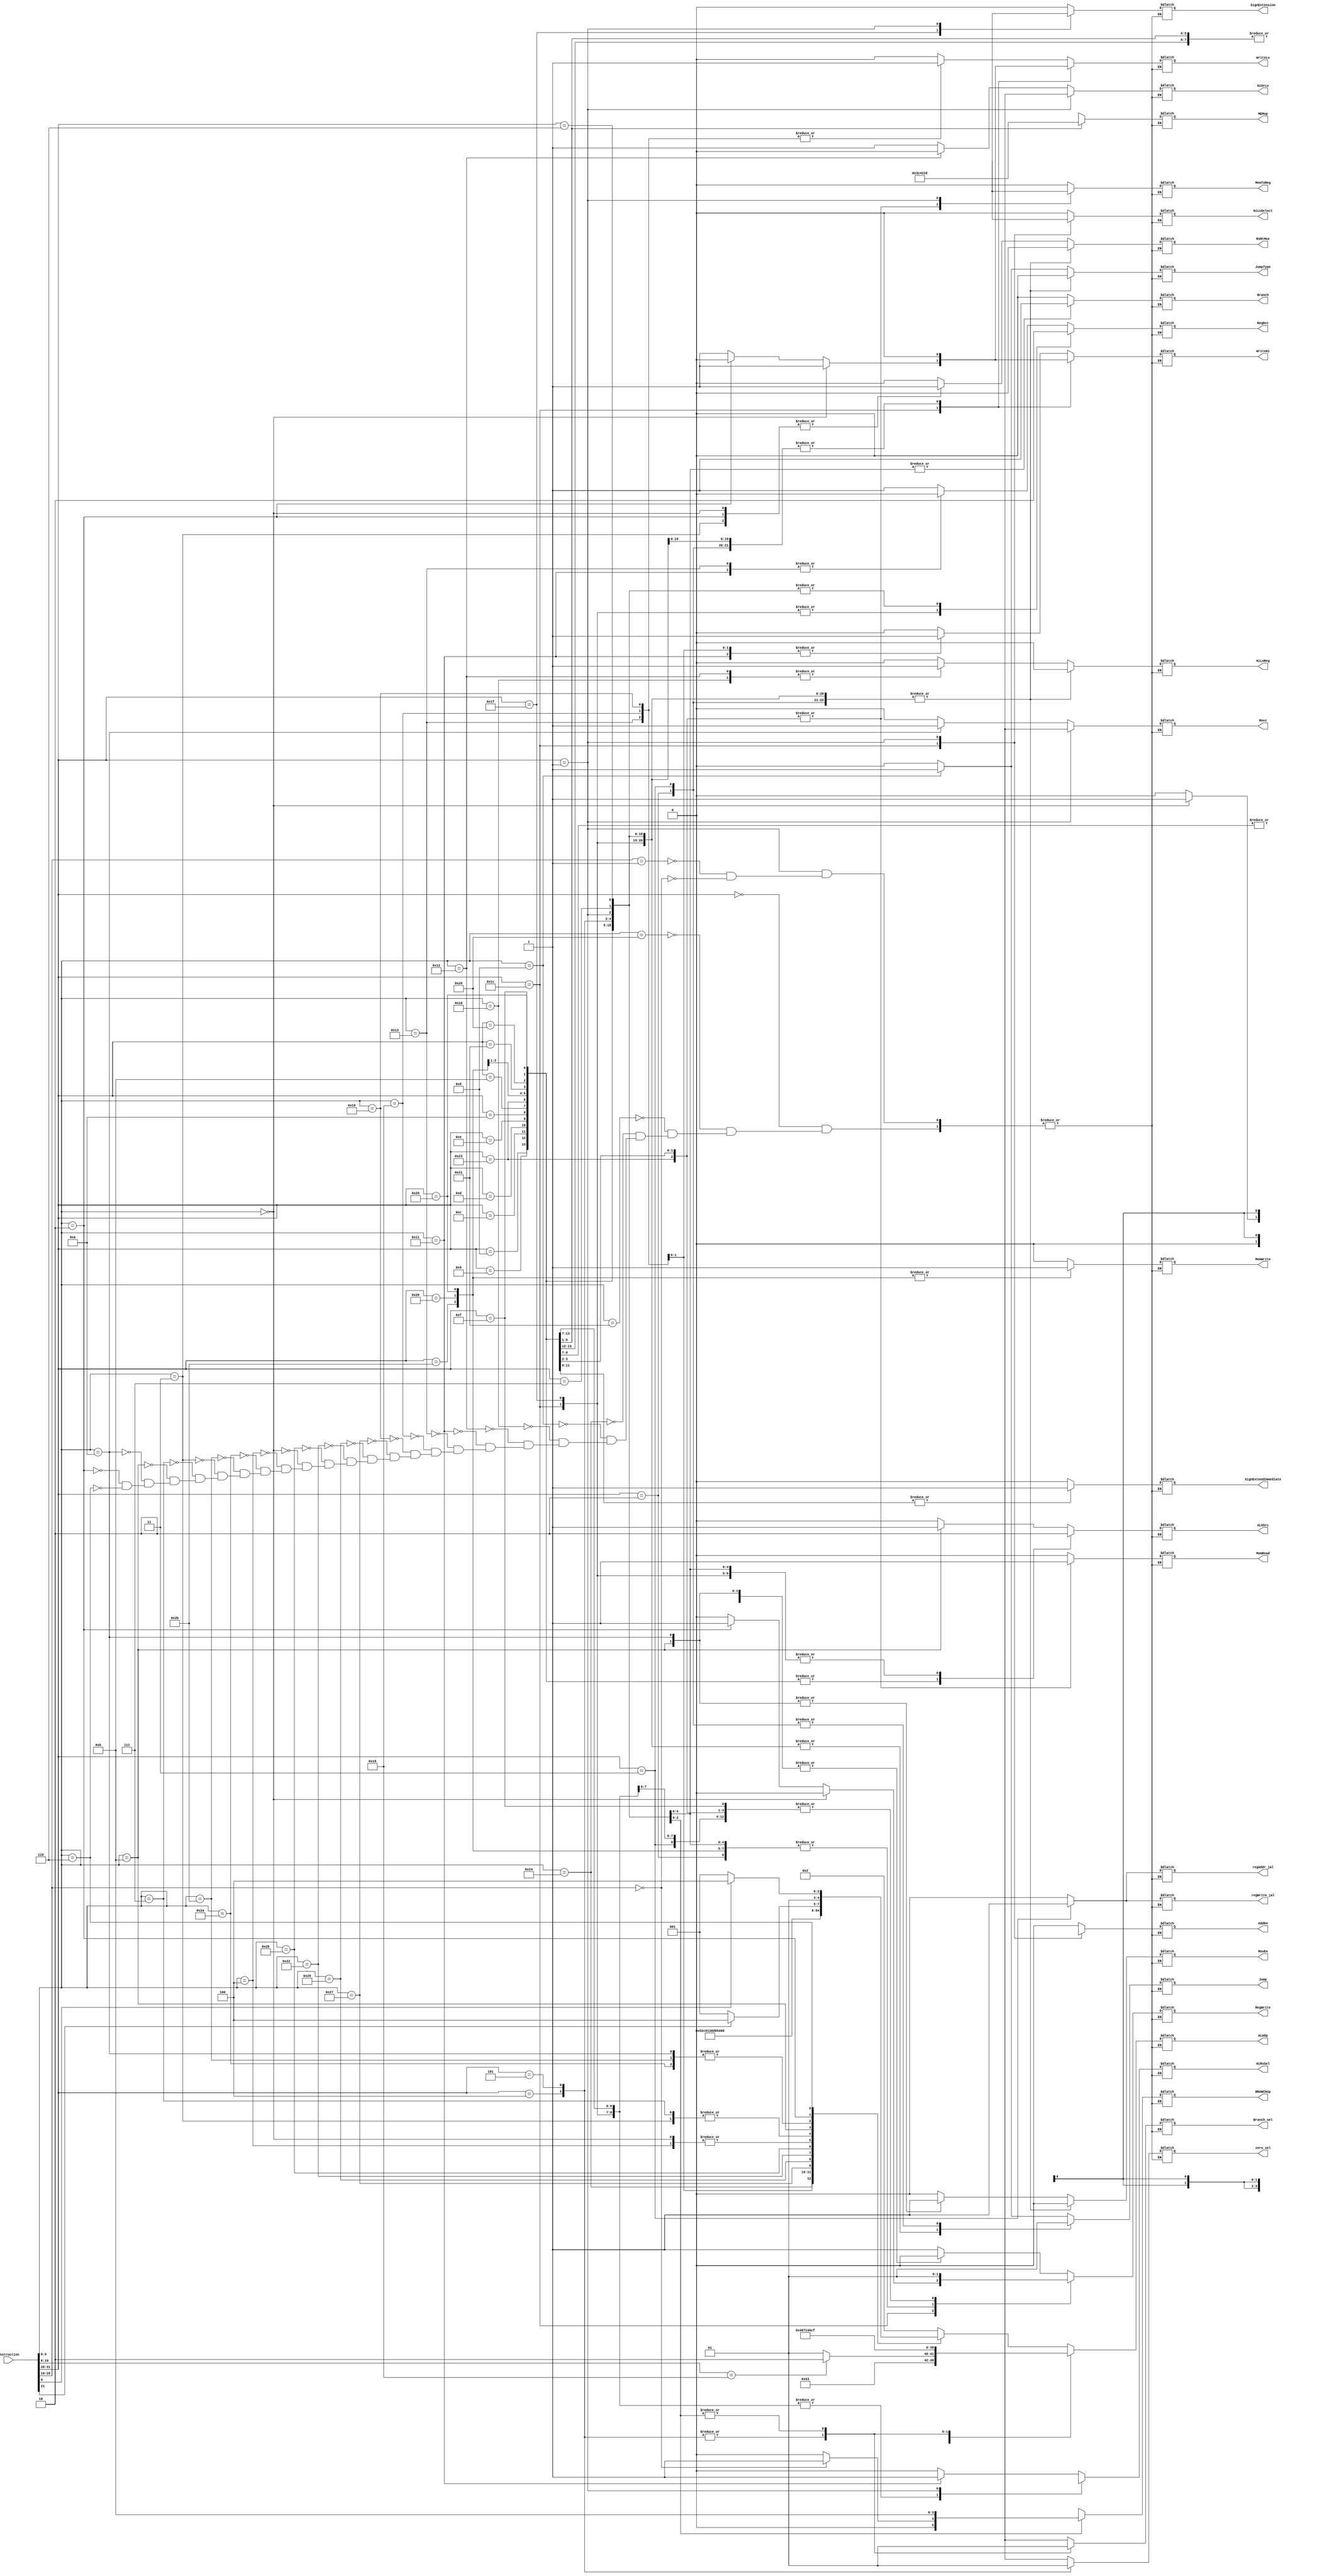
`timescale 1ns / 1ps
//////////////////////////////////////////////////////////////////////////////////
// Company: 
// Engineer: 
// 
// Design Name: 
// Module Name: Controller
// Project Name: 
// Target Devices: 
// Tool Versions: 
// Description: 
// 
// Dependencies: 
// 
// Revision:
// Revision 0.01 - File Created
// Additional Comments:
// 
//////////////////////////////////////////////////////////////////////////////////


module Controller(Instruction, ALUOp, ALUSrc, RegDst, Jump, Branch, MemRead, MemWrite, MemToReg, RegWrite, WriteHi, WriteLo, HiOrLo, HiLoReg, MovEn, Movz, SignExtension, Add64, HiLoSelect, RsRtMux, HiRsSel, SignExtendImmediate, MEMop, BRANCHop, regAddr_jal, regWrite_jal, JumpType, Branch_sel, zero_sel);
    input [31:0] Instruction;
    output reg [4:0] ALUOp;
    output reg [3:0] MEMop;
    output reg [1:0] BRANCHop;
    output reg ALUSrc, RegDst, Jump, Branch, MemRead, MemWrite, MemToReg, RegWrite, WriteHi, WriteLo, HiOrLo, HiLoReg, MovEn, Movz, SignExtension, Add64, HiLoSelect, RsRtMux, HiRsSel, SignExtendImmediate, regAddr_jal, regWrite_jal, JumpType, Branch_sel, zero_sel;
    
    initial begin
        ALUOp <= 4'b0000;
        ALUSrc <= 0; RegDst <= 0; Jump <= 0; Branch <= 0; MemRead <= 0; MemWrite <= 0; 
        MemToReg <= 0; RegWrite <= 0; WriteHi <= 0; WriteLo <= 0; HiOrLo <= 0; HiLoReg <= 0; SignExtendImmediate <= 0;
        MovEn <= 0; Movz <= 0; SignExtension <= 0; Add64 <= 0; HiLoSelect <= 0; RsRtMux <= 0; HiRsSel <= 0; zero_sel <= 0;
    end
    
    always@(Instruction) begin
        case(Instruction[31:26])    
            6'b000000: begin    //R-Type
			    case(Instruction[5:0])
					6'b100000: begin //add
						ALUOp <= 5'b00010;
						ALUSrc <= 0; RegDst <= 1; Jump <= 0; Branch <= 0; MemRead <= 0; MemWrite <= 0; MemToReg <= 0; RegWrite <= 1; RsRtMux <= 0; SignExtendImmediate <= 0;
						WriteHi <= 0; WriteLo <= 0; HiOrLo <= 1'bx; HiLoReg <= 0; MovEn <= 0; Movz <= 1'bx; SignExtension <= 0; Add64 <= 0; HiLoSelect <= 1'bx;  HiRsSel <= 0;
						MEMop <= 4'bxxxx;  BRANCHop <= 2'bxx; regAddr_jal <= 1'b0; regWrite_jal <= 1'b0; JumpType <= 1'b0; Branch_sel <= 1'bx; zero_sel <= 1'bx;
					end
					6'b100001: begin //addu 
						ALUOp <= 5'b00010;
						ALUSrc <= 0; RegDst <= 1; Jump <= 0; Branch <= 0; MemRead <= 0; MemWrite <= 0; MemToReg <= 0; RegWrite <= 1; RsRtMux <= 0; SignExtendImmediate <= 0;
					    WriteHi <= 0; WriteLo <= 0; HiOrLo <= 1'bx; HiLoReg <= 0; MovEn <= 0; Movz <= 1'bx; SignExtension <= 0; Add64 <= 0; HiLoSelect <= 1'bx; HiRsSel <= 0;
					    MEMop <= 4'bxxxx;  BRANCHop <= 2'bxx; regAddr_jal <= 1'b0; regWrite_jal <= 1'b0; JumpType <= 1'b0; Branch_sel <= 1'bx; zero_sel <= 1'bx;
					end
					6'b100100: begin //and
                        ALUOp <= 5'b00000;
                        ALUSrc <= 0; RegDst <= 1; Jump <= 0; Branch <= 0; MemRead <= 0; MemWrite <= 0; MemToReg <= 0; RegWrite <= 1;  RsRtMux <= 0; SignExtendImmediate <= 0;
                        WriteHi <= 0; WriteLo <= 0; HiOrLo <= 1'bx; HiLoReg <= 0; MovEn <= 0; Movz <= 1'bx; SignExtension <= 0; Add64 <= 0; HiLoSelect <= 1'bx;  HiRsSel <= 0;
                        MEMop <= 4'bxxxx;  BRANCHop <= 2'bxx; regAddr_jal <= 1'b0; regWrite_jal <= 1'b0; JumpType <= 1'b0; Branch_sel <= 1'bx; zero_sel <= 1'bx;
                    end
					6'b001000: begin //jr  //TODO
                        ALUOp <= 5'bxxxxx;
                        ALUSrc <= 1'bx; RegDst <= 1'bx; Jump <= 1; Branch <= 0; MemRead <= 0; MemWrite <= 0; MemToReg <= 0; RegWrite <= 0;  RsRtMux <= 0; SignExtendImmediate <= 0;
                        WriteHi <= 0; WriteLo <= 0; HiOrLo <= 1'bx; HiLoReg <= 0; MovEn <= 0; Movz <= 1'bx; SignExtension <= 0; Add64 <= 0; HiLoSelect <= 1'bx; HiRsSel <= 0;
                        MEMop <= 4'bxxxx;  BRANCHop <= 2'bxx; regAddr_jal <= 1'b0; regWrite_jal <= 1'b0; JumpType <= 1'b1; Branch_sel <= 1'bx; zero_sel <= 1'bx;
                    end
					6'b010000: begin //mfhi
                        ALUOp <= 5'bxxxxx;
                        ALUSrc <= 1'bx; RegDst <= 1; Jump <= 0; Branch <= 0; MemRead <= 0; MemWrite <= 0; MemToReg <= 1'bx; RegWrite <= 1;  RsRtMux <= 0; SignExtendImmediate <= 0;
                        WriteHi <= 0; WriteLo <= 0; HiOrLo <= 1; HiLoReg <= 1; MovEn <= 0; Movz <= 1'bx; SignExtension <= 0; Add64 <= 0; HiLoSelect <= 1'bx; HiRsSel <= 0;
                        MEMop <= 4'bxxxx;  BRANCHop <= 2'bxx; regAddr_jal <= 1'b0; regWrite_jal <= 1'b0; JumpType <= 1'b0; Branch_sel <= 1'bx; zero_sel <= 1'bx;
                    end
					6'b010010: begin //mflo
                        ALUOp <= 5'bxxxxx;
                        ALUSrc <= 1'bx; RegDst <= 1; Jump <= 0; Branch <= 0; MemRead <= 0; MemWrite <= 0; MemToReg <= 1'bx; RegWrite <= 1; RsRtMux <= 0;SignExtendImmediate <= 0;
                        WriteHi <= 0; WriteLo <= 0; HiOrLo <= 0; HiLoReg <= 1; MovEn <= 0; Movz <= 1'bx; SignExtension <= 0; Add64 <= 0; HiLoSelect <= 1'bx; HiRsSel <= 0;
                        MEMop <= 4'bxxxx;  BRANCHop <= 2'bxx; regAddr_jal <= 1'b0; regWrite_jal <= 1'b0; JumpType <= 1'b0; Branch_sel <= 1'bx; zero_sel <= 1'bx;
                    end
					6'b010001: begin //mthi
                        ALUOp <= 5'b00010;
                        ALUSrc <= 0; RegDst <= 0; Jump <= 0; Branch <= 0; MemRead <= 0; MemWrite <= 0; MemToReg <= 0; RegWrite <= 0;  RsRtMux <= 0;SignExtendImmediate <= 0;
                        WriteHi <= 1; WriteLo <= 0; HiOrLo <= 1'bx; HiLoReg <= 0; MovEn <= 0; Movz <= 1'bx; SignExtension <= 0; Add64 <= 0; HiLoSelect <= 0; HiRsSel <= 1;
                        MEMop <= 4'bxxxx;  BRANCHop <= 2'bxx; regAddr_jal <= 1'b0; regWrite_jal <= 1'b0; JumpType <= 1'b0; Branch_sel <= 1'bx; zero_sel <= 1'bx;
                    end
                    6'b010011: begin //mtlo
                        ALUOp <= 5'b00010;
                        ALUSrc <= 0; RegDst <= 0; Jump <= 0; Branch <= 0; MemRead <= 0; MemWrite <= 0; MemToReg <= 0; RegWrite <= 0;  RsRtMux <= 0;SignExtendImmediate <= 0;
                        WriteHi <= 0; WriteLo <= 1; HiOrLo <= 1'bx; HiLoReg <= 0; MovEn <= 0; Movz <= 1'bx; SignExtension <= 0; Add64 <= 0; HiLoSelect <= 0;  HiRsSel <= 0;
                        MEMop <= 4'bxxxx;  BRANCHop <= 2'bxx; regAddr_jal <= 1'b0; regWrite_jal <= 1'b0; JumpType <= 1'b0; Branch_sel <= 1'bx; zero_sel <= 1'bx;
                    end
					6'b011000: begin //mult
                        ALUOp <= 5'b01010;    //CHANGED A LOT IN HERE
                        ALUSrc <= 0; RegDst <= 1; Jump <= 0; Branch <= 0; MemRead <= 0; MemWrite <= 0; MemToReg <= 0; RegWrite <= 0;  RsRtMux <= 0;SignExtendImmediate <= 0;
                        WriteHi <= 1; WriteLo <= 1; HiOrLo <= 1'bx; HiLoReg <= 0; MovEn <= 0; Movz <= 1'bx; SignExtension <= 0; Add64 <= 0; HiLoSelect <= 1'b0;    HiRsSel <= 0;// set HiLoSelect from x to 0, writeHi WriteLo
                        MEMop <= 4'bxxxx;  BRANCHop <= 2'bxx; regAddr_jal <= 1'b0; regWrite_jal <= 1'b0; JumpType <= 1'b0; Branch_sel <= 1'bx; zero_sel <= 1'bx;
                    end
                    6'b011001: begin //multu
                        ALUOp <= 5'b01011;
                        ALUSrc <= 0; RegDst <= 1; Jump <= 0; Branch <= 0; MemRead <= 0; MemWrite <= 0; MemToReg <= 0; RegWrite <= 0;  RsRtMux <= 0;SignExtendImmediate <= 0;
                        WriteHi <= 1; WriteLo <= 1; HiOrLo <= 1'bx; HiLoReg <= 0; MovEn <= 0; Movz <= 1'bx; SignExtension <= 0; Add64 <= 0; HiLoSelect <= 1'b0; HiRsSel <= 0;
                        MEMop <= 4'bxxxx;  BRANCHop <= 2'bxx; regAddr_jal <= 1'b0; regWrite_jal <= 1'b0; JumpType <= 1'b0; Branch_sel <= 1'bx; zero_sel <= 1'bx;
                    end
					6'b100111: begin //nor
                        ALUOp <= 5'b00100;
                        ALUSrc <= 0; RegDst <= 1; Jump <= 0; Branch <= 0; MemRead <= 0; MemWrite <= 0; MemToReg <= 0; RegWrite <= 1;  RsRtMux <= 0;SignExtendImmediate <= 0;
                        WriteHi <= 0; WriteLo <= 0; HiOrLo <= 1'bx; HiLoReg <= 0; MovEn <= 0; Movz <= 1'bx; SignExtension <= 0; Add64 <= 0; HiLoSelect <= 1'bx; HiRsSel <= 0;
                        MEMop <= 4'bxxxx;  BRANCHop <= 2'bxx; regAddr_jal <= 1'b0; regWrite_jal <= 1'b0; JumpType <= 1'b0; Branch_sel <= 1'bx; zero_sel <= 1'bx;
                    end
                    6'b100101: begin //or
                        ALUOp <= 5'b00001;
                        ALUSrc <= 0; RegDst <= 1; Jump <= 0; Branch <= 0; MemRead <= 0; MemWrite <= 0; MemToReg <= 0; RegWrite <= 1;  RsRtMux <= 0;SignExtendImmediate <= 0;
                        WriteHi <= 0; WriteLo <= 0; HiOrLo <= 1'bx; HiLoReg <= 0; MovEn <= 0; Movz <= 1'bx; SignExtension <= 0; Add64 <= 0; HiLoSelect <= 1'bx; HiRsSel <= 0;
                        MEMop <= 4'bxxxx;  BRANCHop <= 2'bxx; regAddr_jal <= 1'b0; regWrite_jal <= 1'b0; JumpType <= 1'b0; Branch_sel <= 1'bx; zero_sel <= 1'bx;
                    end
                    
					6'b100010: begin //sub
						ALUOp <= 5'b00110;
						ALUSrc <= 0; RegDst <= 1; Jump <= 0; Branch <= 0; MemRead <= 0; MemWrite <= 0; MemToReg <= 0; RegWrite <= 1;  RsRtMux <= 0;SignExtendImmediate <= 0;
					    WriteHi <= 0; WriteLo <= 0; HiOrLo <= 1'bx; HiLoReg <= 0; MovEn <= 0; Movz <= 1'bx; SignExtension <= 0; Add64 <= 0; HiLoSelect <= 1'bx; HiRsSel <= 0;
					    MEMop <= 4'bxxxx;  BRANCHop <= 2'bxx; regAddr_jal <= 1'b0; regWrite_jal <= 1'b0; JumpType <= 1'b0; Branch_sel <= 1'bx; zero_sel <= 1'bx;
					end
					6'b100110: begin //xor
						ALUOp <= 5'b00011;
						ALUSrc <= 0; RegDst <= 1; Jump <= 0; Branch <= 0; MemRead <= 0; MemWrite <= 0; MemToReg <= 0; RegWrite <= 1;  RsRtMux <= 0;SignExtendImmediate <= 0;
					    WriteHi <= 0; WriteLo <= 0; HiOrLo <= 1'bx; HiLoReg <= 0; MovEn <= 0; Movz <= 1'bx; SignExtension <= 0; Add64 <= 0; HiLoSelect <= 1'bx; HiRsSel <= 0;
					    MEMop <= 4'bxxxx;  BRANCHop <= 2'bxx; regAddr_jal <= 1'b0; regWrite_jal <= 1'b0; JumpType <= 1'b0; Branch_sel <= 1'bx; zero_sel <= 1'bx;
					end                
					6'b000000: begin //sll FIX
						ALUOp <= 5'b01000;
						ALUSrc <= 0; RegDst <= 1; Jump <= 0; Branch <= 0; MemRead <= 0; MemWrite <= 0; MemToReg <= 0; RegWrite <= 1;  RsRtMux <= 1;SignExtendImmediate <= 0;
					    WriteHi <= 0; WriteLo <= 0; HiOrLo <= 1'bx; HiLoReg <= 0; MovEn <= 0; Movz <= 1'bx; SignExtension <= 0; Add64 <= 0; HiLoSelect <= 1'bx; HiRsSel <= 0;
					    MEMop <= 4'bxxxx;  BRANCHop <= 2'bxx; regAddr_jal <= 1'b0; regWrite_jal <= 1'b0; JumpType <= 1'b0; Branch_sel <= 1'bx; zero_sel <= 1'bx;
					end 
					6'b000100: begin //sllv FIX
                        ALUOp <= 5'b01000;
                        ALUSrc <= 0; RegDst <= 1; Jump <= 0; Branch <= 0; MemRead <= 0; MemWrite <= 0; MemToReg <= 0; RegWrite <= 1;  RsRtMux <= 0;SignExtendImmediate <= 0;
                        WriteHi <= 0; WriteLo <= 0; HiOrLo <= 1'bx; HiLoReg <= 0; MovEn <= 0; Movz <= 1'bx; SignExtension <= 0; Add64 <= 0; HiLoSelect <= 1'bx; HiRsSel <= 0;
                        MEMop <= 4'bxxxx;  BRANCHop <= 2'bxx; regAddr_jal <= 1'b0; regWrite_jal <= 1'b0; JumpType <= 1'b0; Branch_sel <= 1'bx; zero_sel <= 1'bx;
                    end
					6'b101010: begin //slt
                        ALUOp <= 5'b00111;
                        ALUSrc <= 0; RegDst <= 1; Jump <= 0; Branch <= 0; MemRead <= 0; MemWrite <= 0; MemToReg <= 0; RegWrite <= 1;  RsRtMux <= 0;SignExtendImmediate <= 0;
                        WriteHi <= 0; WriteLo <= 0; HiOrLo <= 1'bx; HiLoReg <= 0; MovEn <= 0; Movz <= 1'bx; SignExtension <= 0; Add64 <= 0; HiLoSelect <= 1'bx; HiRsSel <= 0;
                        MEMop <= 4'bxxxx;  BRANCHop <= 2'bxx; regAddr_jal <= 1'b0; regWrite_jal <= 1'b0; JumpType <= 1'b0; Branch_sel <= 1'bx; zero_sel <= 1'bx;
                    end
					6'b101011: begin //sltu
                        ALUOp <= 5'b00111;
                        ALUSrc <= 0; RegDst <= 1; Jump <= 0; Branch <= 0; MemRead <= 0; MemWrite <= 0; MemToReg <= 0; RegWrite <= 1;  RsRtMux <= 0;SignExtendImmediate <= 0;
                        WriteHi <= 0; WriteLo <= 0; HiOrLo <= 1'bx; HiLoReg <= 0; MovEn <= 0; Movz <= 1'bx; SignExtension <= 0; Add64 <= 0; HiLoSelect <= 1'bx; HiRsSel <= 0;
                        MEMop <= 4'bxxxx;  BRANCHop <= 2'bxx; regAddr_jal <= 1'b0; regWrite_jal <= 1'b0; JumpType <= 1'b0; Branch_sel <= 1'bx; zero_sel <= 1'bx;
                    end 
					6'b000011: begin //sra Fix, make new ALU control signal to append 1s or 0s
    					ALUOp <= 5'b00101;
                        ALUSrc <= 0; RegDst <= 1; Jump <= 0; Branch <= 0; MemRead <= 0; MemWrite <= 0; MemToReg <= 0; RegWrite <= 1;  RsRtMux <= 1;SignExtendImmediate <= 0;
                        WriteHi <= 0; WriteLo <= 0; HiOrLo <= 1'bx; HiLoReg <= 0; MovEn <= 0; Movz <= 1'bx; SignExtension <= 0; Add64 <= 0; HiLoSelect <= 1'bx; HiRsSel <= 0;
                        MEMop <= 4'bxxxx;  BRANCHop <= 2'bxx; regAddr_jal <= 1'b0; regWrite_jal <= 1'b0; JumpType <= 1'b0; Branch_sel <= 1'bx; zero_sel <= 1'bx;
                    end
                    6'b000111: begin //srav TODO
                        ALUOp <= 5'b00101;
                        ALUSrc <= 0; RegDst <= 1; Jump <= 0; Branch <= 0; MemRead <= 0; MemWrite <= 0; MemToReg <= 0; RegWrite <= 1; RsRtMux <= 0;SignExtendImmediate <= 0;
                        WriteHi <= 0; WriteLo <= 0; HiOrLo <= 1'bx; HiLoReg <= 0; MovEn <= 0; Movz <= 1'bx; SignExtension <= 0; Add64 <= 0; HiLoSelect <= 1'bx; HiRsSel <= 0;
                        MEMop <= 4'bxxxx;  BRANCHop <= 2'bxx; regAddr_jal <= 1'b0; regWrite_jal <= 1'b0; JumpType <= 1'b0; Branch_sel <= 1'bx; zero_sel <= 1'bx;
                    end
					6'b001011: begin //movn
                        ALUOp <= 5'b01001;
                        ALUSrc <= 1; RegDst <= 1; Jump <= 0; Branch <= 0; MemRead <= 0; MemWrite <= 0; MemToReg <= 0; RegWrite <= 0;  RsRtMux <= 0;SignExtendImmediate <= 0;
                        WriteHi <= 0; WriteLo <= 0; HiOrLo <= 1'bx; HiLoReg <= 0; MovEn <= 1; Movz <= 0; SignExtension <= 0; Add64 <= 0; HiLoSelect <= 1'bx; HiRsSel <= 0;
                        MEMop <= 4'bxxxx;  BRANCHop <= 2'bxx; regAddr_jal <= 1'b0; regWrite_jal <= 1'b0; JumpType <= 1'b0; Branch_sel <= 1'bx; zero_sel <= 1'bx;
                    end
                    6'b001010: begin //movz
                        ALUOp <= 5'b00111;
                        ALUSrc <= 0; RegDst <= 1; Jump <= 0; Branch <= 0; MemRead <= 0; MemWrite <= 0; MemToReg <= 0; RegWrite <= 0; RsRtMux <= 0;SignExtendImmediate <= 0;
                        WriteHi <= 0; WriteLo <= 0; HiOrLo <= 1'bx; HiLoReg <= 0; MovEn <= 1; Movz <= 1; SignExtension <= 0; Add64 <= 0; HiLoSelect <= 1'bx; HiRsSel <= 0;
                        MEMop <= 4'bxxxx;  BRANCHop <= 2'bxx; regAddr_jal <= 1'b0; regWrite_jal <= 1'b0; JumpType <= 1'b0; Branch_sel <= 1'bx; zero_sel <= 1'bx;
                    end                    

					6'b000010: begin //rotr  and srl FIX
					    if (Instruction[21] == 1'b0) begin //If 5'b00000 then srl
					        ALUOp <= 5'b01001;
                            ALUSrc <= 0; RegDst <= 1; Jump <= 0; Branch <= 0; MemRead <= 0; MemWrite <= 0; MemToReg <= 0; RegWrite <= 1;  RsRtMux <= 1;SignExtendImmediate <= 0;
                            WriteHi <= 0; WriteLo <= 0; HiOrLo <= 1'bx; HiLoReg <= 0; MovEn <= 0; Movz <= 1'bx; SignExtension <= 0; Add64 <= 0; HiLoSelect <= 1'bx; HiRsSel <= 0;
                            MEMop <= 4'bxxxx;  BRANCHop <= 2'bxx; regAddr_jal <= 1'b0; regWrite_jal <= 1'b0; JumpType <= 1'b0; Branch_sel <= 1'bx; zero_sel <= 1'bx;
                        end
                        else begin
                            ALUOp <= 5'b01100;
                            ALUSrc <= 0; RegDst <= 1; Jump <= 0; Branch <= 0; MemRead <= 0; MemWrite <= 0; MemToReg <= 0; RegWrite <= 1; RsRtMux <= 1;SignExtendImmediate <= 0;
                            WriteHi <= 0; WriteLo <= 0; HiOrLo <= 1'bx; HiLoReg <= 0; MovEn <= 0; Movz <= 1'bx; SignExtension <= 0; Add64 <= 0; HiLoSelect <= 1'bx; HiRsSel <= 0;
                            MEMop <= 4'bxxxx;  BRANCHop <= 2'bxx; regAddr_jal <= 1'b0; regWrite_jal <= 1'b0; JumpType <= 1'b0; Branch_sel <= 1'bx; zero_sel <= 1'bx;
                        end
                    end     
                    6'b000110: begin //rotrv and srlv FIX
                        if (Instruction[6] == 1'b0) begin   //srlv  
                            ALUOp <= 5'b01001;
                            ALUSrc <= 0; RegDst <= 1; Jump <= 0; Branch <= 0; MemRead <= 0; MemWrite <= 0; MemToReg <= 0; RegWrite <= 1;  RsRtMux <= 0;SignExtendImmediate <= 0;
                            WriteHi <= 0; WriteLo <= 0; HiOrLo <= 1'bx; HiLoReg <= 0; MovEn <= 0; Movz <= 1'bx; SignExtension <= 0; Add64 <= 0; HiLoSelect <= 1'bx; HiRsSel <= 0;
                            MEMop <= 4'bxxxx;  BRANCHop <= 2'bxx; regAddr_jal <= 1'b0; regWrite_jal <= 1'b0; JumpType <= 1'b0; Branch_sel <= 1'bx; zero_sel <= 1'bx;
                        end
                        else begin
                            ALUOp <= 5'b01100;
                            ALUSrc <= 0; RegDst <= 1; Jump <= 0; Branch <= 0; MemRead <= 0; MemWrite <= 0; MemToReg <= 0; RegWrite <= 1; RsRtMux <= 0;SignExtendImmediate <= 0;
                            WriteHi <= 0; WriteLo <= 0; HiOrLo <= 1'bx; HiLoReg <= 0; MovEn <= 0; Movz <= 1'bx; SignExtension <= 0; Add64 <= 0; HiLoSelect <= 1'bx; HiRsSel <= 0;
                            MEMop <= 4'bxxxx;  BRANCHop <= 2'bxx; regAddr_jal <= 1'b0; regWrite_jal <= 1'b0; JumpType <= 1'b0; Branch_sel <= 1'bx; zero_sel <= 1'bx;
                        end
                    end
				endcase
            end
            6'b011100: begin    //R-Type multiplications
                if (Instruction[5:0] == 6'b000000) begin //madd
                    ALUOp <= 5'b01010;
                    ALUSrc <= 0; RegDst <= 1'bx; Jump <= 0; Branch <= 0; MemRead <= 0; MemWrite <= 0; MemToReg <= 0; RegWrite <= 0;  RsRtMux <= 0;SignExtendImmediate <= 0;
                    WriteHi <= 1; WriteLo <= 1; HiOrLo <= 1'bx; HiLoReg <= 0; MovEn <= 0; Movz <= 1'bx; SignExtension <= 0; Add64 <= 1; HiLoSelect <= 1; HiRsSel <= 0;
                    MEMop <= 4'bxxxx;  BRANCHop <= 2'bxx; regAddr_jal <= 1'b0; regWrite_jal <= 1'b0; JumpType <= 1'b0; Branch_sel <= 1'bx; zero_sel <= 1'bx;
                end
                else if (Instruction[5:0] == 6'b000010) begin //mul
                    ALUOp <= 5'b01010;
                    ALUSrc <= 0; RegDst <= 1'b1; Jump <= 0; Branch <= 0; MemRead <= 0; MemWrite <= 0; MemToReg <= 1'b0; RegWrite <= 1;  RsRtMux <= 0;SignExtendImmediate <= 0;
                    WriteHi <= 0; WriteLo <= 0; HiOrLo <= 1'bx; HiLoReg <= 0;  MovEn <= 0; Movz <= 1'bx; SignExtension <= 0; Add64 <= 0; HiLoSelect <= 1'bx; HiRsSel <= 0;
                    MEMop <= 4'bxxxx;  BRANCHop <= 2'bxx; regAddr_jal <= 1'b0; regWrite_jal <= 1'b0; JumpType <= 1'b0; Branch_sel <= 1'bx; zero_sel <= 1'bx;
                end
                else begin  //msub
                    ALUOp <= 5'b01010;
                    ALUSrc <= 0; RegDst <= 1'bx; Jump <= 0; Branch <= 0; MemRead <= 0; MemWrite <= 0; MemToReg <= 0; RegWrite <= 0;  RsRtMux <= 0;SignExtendImmediate <= 0;
                    WriteHi <= 1; WriteLo <= 1; HiOrLo <= 1'bx; HiLoReg <= 0; MovEn <= 0; Movz <= 1'bx; SignExtension <= 0; Add64 <= 0; HiLoSelect <= 1; HiRsSel <= 0;
                    MEMop <= 4'bxxxx;  BRANCHop <= 2'bxx; regAddr_jal <= 1'b0; regWrite_jal <= 1'b0; JumpType <= 1'b0; Branch_sel <= 1'bx; zero_sel <= 1'bx;
                end
            end
            6'b011111: begin    //R-Type seh and seb
                if (Instruction[10:6] == 5'b11000) begin   //seh
                    ALUOp <= 5'b01110;
                    ALUSrc <= 0; RegDst <= 1'b1; Jump <= 0; Branch <= 0; MemRead <= 0; MemWrite <= 0; MemToReg <= 0; RegWrite <= 1;  RsRtMux <= 0;SignExtendImmediate <= 0;
                    WriteHi <= 0; WriteLo <= 0; HiOrLo <= 1'bx; HiLoReg <= 0; MovEn <= 0; Movz <= 1'bx; SignExtension <= 1; Add64 <= 0; HiLoSelect <= 1'bx; HiRsSel <= 0;
                    MEMop <= 4'bxxxx;  BRANCHop <= 2'bxx; regAddr_jal <= 1'b0; regWrite_jal <= 1'b0; JumpType <= 1'b0; Branch_sel <= 1'bx; zero_sel <= 1'bx;
                end
                else begin   //seb
                    ALUOp <= 5'b01101;
                    ALUSrc <= 0; RegDst <= 1'b1; Jump <= 0; Branch <= 0; MemRead <= 0; MemWrite <= 0; MemToReg <= 0; RegWrite <= 1;  RsRtMux <= 0;SignExtendImmediate <= 0;
                    WriteHi <= 0; WriteLo <= 0; HiOrLo <= 1'bx; HiLoReg <= 0; MovEn <= 0; Movz <= 1'bx; SignExtension <= 1; Add64 <= 0; HiLoSelect <= 1'bx; HiRsSel <= 0;
                    MEMop <= 4'bxxxx;  BRANCHop <= 2'bxx; regAddr_jal <= 1'b0; regWrite_jal <= 1'b0; JumpType <= 1'b0; Branch_sel <= 1'bx; zero_sel <= 1'bx;
                end
            end
            
            //Immediate   //ADJUSTING ALL RegDst to 1!!!!
            6'b001000: begin    //addi
                ALUOp <= 5'b00010;
                ALUSrc <= 1; RegDst <= 0; Jump <= 0; Branch <= 0; MemRead <= 0; MemWrite <= 0; MemToReg <= 0; RegWrite <= 1;  RsRtMux <= 0;SignExtendImmediate <= 0;
                WriteHi <= 0; WriteLo <= 0; HiOrLo <= 1'bx; HiLoReg <= 0; MovEn <= 0; Movz <= 1'bx; SignExtension <= 0; Add64 <= 0; HiLoSelect <= 1'bx; HiRsSel <= 0;
                MEMop <= 4'bxxxx;  BRANCHop <= 2'bxx; regAddr_jal <= 1'b0; regWrite_jal <= 1'b0; JumpType <= 1'b0; Branch_sel <= 1'bx; zero_sel <= 1'bx;
            end
            6'b001001: begin    //addiu
                ALUOp <= 5'b00010;
                ALUSrc <= 1; RegDst <= 0; Jump <= 0; Branch <= 0; MemRead <= 0; MemWrite <= 0; MemToReg <= 0; RegWrite <= 1;  RsRtMux <= 0;SignExtendImmediate <= 0;
                WriteHi <= 0; WriteLo <= 0; HiOrLo <= 1'bx; HiLoReg <= 0; MovEn <= 0; Movz <= 1'bx; SignExtension <= 0; Add64 <= 0; HiLoSelect <= 1'bx; HiRsSel <= 0;
                MEMop <= 4'bxxxx;  BRANCHop <= 2'bxx; regAddr_jal <= 1'b0; regWrite_jal <= 1'b0; JumpType <= 1'b0; Branch_sel <= 1'bx; zero_sel <= 1'bx;
            end
            6'b001100: begin    //andi
                ALUOp <= 5'b00000;
                ALUSrc <= 1; RegDst <= 0; Jump <= 0; Branch <= 0; MemRead <= 0; MemWrite <= 0; MemToReg <= 0; RegWrite <= 1;  RsRtMux <= 0;SignExtendImmediate <= 1;
                WriteHi <= 0; WriteLo <= 0; HiOrLo <= 1'bx; HiLoReg <= 0; MovEn <= 0; Movz <= 1'bx; SignExtension <= 0; Add64 <= 0; HiLoSelect <= 1'bx;   HiRsSel <= 0; 
                MEMop <= 4'bxxxx;  BRANCHop <= 2'bxx; regAddr_jal <= 1'b0; regWrite_jal <= 1'b0; JumpType <= 1'b0; Branch_sel <= 1'bx; zero_sel <= 1'bx;
            end
            6'b001101: begin    //ori
                ALUOp <= 5'b00001;
                ALUSrc <= 1; RegDst <= 0; Jump <= 0; Branch <= 0; MemRead <= 0; MemWrite <= 0; MemToReg <= 0; RegWrite <= 1;  RsRtMux <= 0;SignExtendImmediate <= 1;
                WriteHi <= 0; WriteLo <= 0; HiOrLo <= 1'bx; HiLoReg <= 0; MovEn <= 0; Movz <= 1'bx; SignExtension <= 0; Add64 <= 0; HiLoSelect <= 1'bx;  HiRsSel <= 0;   
                MEMop <= 4'bxxxx;  BRANCHop <= 2'bxx; regAddr_jal <= 1'b0; regWrite_jal <= 1'b0; JumpType <= 1'b0; Branch_sel <= 1'bx; zero_sel <= 1'bx;
            end
            6'b001110: begin    //xori
                ALUOp <= 5'b00011;
                ALUSrc <= 1; RegDst <= 0; Jump <= 0; Branch <= 0; MemRead <= 0; MemWrite <= 0; MemToReg <= 0; RegWrite <= 1;  RsRtMux <= 0;SignExtendImmediate <= 1;
                WriteHi <= 0; WriteLo <= 0; HiOrLo <= 1'bx; HiLoReg <= 0;  MovEn <= 0; Movz <= 1'bx; SignExtension <= 0; Add64 <= 0; HiLoSelect <= 1'bx; HiRsSel <= 0;
                MEMop <= 4'bxxxx;  BRANCHop <= 2'bxx; regAddr_jal <= 1'b0; regWrite_jal <= 1'b0; JumpType <= 1'b0; Branch_sel <= 1'bx; zero_sel <= 1'bx;
            end            
            6'b001010: begin    //slti
                ALUOp <= 5'b00111;
                ALUSrc <= 1; RegDst <= 0; Jump <= 0; Branch <= 0; MemRead <= 0; MemWrite <= 0; MemToReg <= 0; RegWrite <= 1;  RsRtMux <= 0;SignExtendImmediate <= 0;
                WriteHi <= 0; WriteLo <= 0; HiOrLo <= 1'bx; HiLoReg <= 0;  MovEn <= 0; Movz <= 1'bx; SignExtension <= 0; Add64 <= 0; HiLoSelect <= 1'bx; HiRsSel <= 0;
                MEMop <= 4'bxxxx;  BRANCHop <= 2'bxx; regAddr_jal <= 1'b0; regWrite_jal <= 1'b0; JumpType <= 1'b0; Branch_sel <= 1'bx; zero_sel <= 1'bx;
            end                     
            6'b001011: begin    //sltiu
                ALUOp <= 5'b00111;
                ALUSrc <= 1; RegDst <= 0; Jump <= 0; Branch <= 0; MemRead <= 0; MemWrite <= 0; MemToReg <= 0; RegWrite <= 1;  RsRtMux <= 0;SignExtendImmediate <= 0;
                WriteHi <= 0; WriteLo <= 0; HiOrLo <= 1'bx; HiLoReg <= 0;MovEn <= 0; Movz <= 1'bx; SignExtension <= 0; Add64 <= 0;  HiLoSelect <= 1'bx;  HiRsSel <= 0; 
                MEMop <= 4'bxxxx;  BRANCHop <= 2'bxx; regAddr_jal <= 1'b0; regWrite_jal <= 1'b0; JumpType <= 1'b0; Branch_sel <= 1'bx; zero_sel <= 1'bx;
            end 
            
            // MEMORY Instructions
            6'b100011: begin    //lw
                ALUOp <= 5'b00010;
                ALUSrc <= 1; RegDst <= 0; Jump <= 0; Branch <= 0; MemRead <= 1; MemWrite <= 0; MemToReg <= 1; RegWrite <= 1;  RsRtMux <= 0; SignExtendImmediate <= 0;
                WriteHi <= 0; WriteLo <= 0; HiOrLo <= 1'bx; HiLoReg <= 0; MovEn <= 0; Movz <= 1'bx; SignExtension <= 1'bx; Add64 <= 1'bx;  HiLoSelect <= 1'bx;  HiRsSel <= 1'bx;  
                MEMop <= 4'b0011;  BRANCHop <= 2'bxx; regAddr_jal <= 1'b0; regWrite_jal <= 1'b0; JumpType <= 1'b0; Branch_sel <= 1'bx; zero_sel <= 1'bx;
            end 
            6'b101011: begin    //sw
                ALUOp <= 5'b00010;
                ALUSrc <= 1; RegDst <= 0; Jump <= 0; Branch <= 0; MemRead <= 0; MemWrite <= 1; MemToReg <= 1'bx; RegWrite <= 0;  RsRtMux <= 0; SignExtendImmediate <= 0;
                WriteHi <= 0; WriteLo <= 0; HiOrLo <= 1'bx; HiLoReg <= 0; MovEn <= 0; Movz <= 1'bx; SignExtension <= 1'bx; Add64 <= 1'bx;  HiLoSelect <= 1'bx;  HiRsSel <= 1'bx;
                MEMop <= 4'b1100;  BRANCHop <= 2'bxx; regAddr_jal <= 1'b0; regWrite_jal <= 1'b0; JumpType <= 1'b0; Branch_sel <= 1'bx; zero_sel <= 1'bx;
            end 
            6'b101000: begin    //sb
                ALUOp <= 5'b00010;
                ALUSrc <= 1; RegDst <= 0; Jump <= 0; Branch <= 0; MemRead <= 0; MemWrite <= 1; MemToReg <= 1'bx; RegWrite <= 0;  RsRtMux <= 0; SignExtendImmediate <= 0;
                WriteHi <= 0; WriteLo <= 0; HiOrLo <= 1'bx; HiLoReg <= 0; MovEn <= 0; Movz <= 1'bx; SignExtension <= 1'bx; Add64 <= 1'bx;  HiLoSelect <= 1'bx;  HiRsSel <= 1'bx;
                MEMop <= 4'b0100;  BRANCHop <= 2'bxx; regAddr_jal <= 1'b0; regWrite_jal <= 1'b0; JumpType <= 1'b0; Branch_sel <= 1'bx; zero_sel <= 1'bx;
            end 
            6'b100001: begin    //lh
                ALUOp <= 5'b00010;
                ALUSrc <= 1; RegDst <= 0; Jump <= 0; Branch <= 0; MemRead <= 1; MemWrite <= 0; MemToReg <= 1; RegWrite <= 1;  RsRtMux <= 0; SignExtendImmediate <= 0;
                WriteHi <= 0; WriteLo <= 0; HiOrLo <= 1'bx; HiLoReg <= 0; MovEn <= 0; Movz <= 1'bx; SignExtension <= 1'bx; Add64 <= 1'bx;  HiLoSelect <= 1'bx;  HiRsSel <= 1'bx;
                MEMop <= 4'b0010;  BRANCHop <= 2'bxx; regAddr_jal <= 1'b0; regWrite_jal <= 1'b0; JumpType <= 1'b0; Branch_sel <= 1'bx; zero_sel <= 1'bx;
            end 
            6'b100000: begin    //lb
                ALUOp <= 5'b00010;
                ALUSrc <= 1; RegDst <= 0; Jump <= 0; Branch <= 0; MemRead <= 1; MemWrite <= 0; MemToReg <= 1; RegWrite <= 1;  RsRtMux <= 0; SignExtendImmediate <= 0;
                WriteHi <= 0; WriteLo <= 0; HiOrLo <= 1'bx; HiLoReg <= 0; MovEn <= 0; Movz <= 1'bx; SignExtension <= 1'bx; Add64 <= 1'bx;  HiLoSelect <= 1'bx;  HiRsSel <= 1'bx;
                MEMop <= 4'b0001;  BRANCHop <= 2'bxx; regAddr_jal <= 1'b0; regWrite_jal <= 1'b0; JumpType <= 1'b0; Branch_sel <= 1'bx; zero_sel <= 1'bx;
            end 
            6'b101001: begin    //sh
                ALUOp <= 5'b00010;
                ALUSrc <= 1; RegDst <= 0; Jump <= 0; Branch <= 0; MemRead <= 0; MemWrite <= 1; MemToReg <= 1'bx; RegWrite <= 0;  RsRtMux <= 0; SignExtendImmediate <= 0;
                WriteHi <= 0; WriteLo <= 0; HiOrLo <= 1'bx; HiLoReg <= 0; MovEn <= 0; Movz <= 1'bx; SignExtension <= 1'bx; Add64 <= 1'bx;  HiLoSelect <= 1'bx;  HiRsSel <= 1'bx;  
                MEMop <= 4'b1000;  BRANCHop <= 2'bxx; regAddr_jal <= 1'b0; regWrite_jal <= 1'b0; JumpType <= 1'b0; Branch_sel <= 1'bx; zero_sel <= 1'bx;
            end 
            6'b001111: begin    //lui
                ALUOp <= 5'b10000;
                ALUSrc <= 1; RegDst <= 0; Jump <= 0; Branch <= 0; MemRead <= 0; MemWrite <= 0; MemToReg <= 0; RegWrite <= 1;  RsRtMux <= 0; SignExtendImmediate <= 0;
                WriteHi <= 0; WriteLo <= 0; HiOrLo <= 1'bx; HiLoReg <= 0; MovEn <= 0; Movz <= 1'bx; SignExtension <= 1'bx; Add64 <= 1'bx;  HiLoSelect <= 1'bx;  HiRsSel <= 1'bx;
                MEMop <= 4'bxxxx;  BRANCHop <= 2'bxx; regAddr_jal <= 1'b0; regWrite_jal <= 1'b0; JumpType <= 1'b0; Branch_sel <= 1'bx; zero_sel <= 1'bx;
            end 
            
            // BRANCH Instructions
            6'b000100: begin    //beq
                ALUOp <= 5'b00110;
                ALUSrc <= 0; RegDst <= 0; Jump <= 0; Branch <= 1; MemRead <= 0; MemWrite <= 0; MemToReg <= 1'bx; RegWrite <= 0;  RsRtMux <= 0; SignExtendImmediate <= 0;
                WriteHi <= 0; WriteLo <= 0; HiOrLo <= 1'bx; HiLoReg <= 0; MovEn <= 0; Movz <= 1'bx; SignExtension <= 1'bx; Add64 <= 1'bx;  HiLoSelect <= 1'bx;  HiRsSel <= 1'bx;
                MEMop <= 4'bxxxx;  BRANCHop <= 2'bxx; regAddr_jal <= 1'b0; regWrite_jal <= 1'b0; JumpType <= 1'b0; Branch_sel <= 1'b0; zero_sel <= 0;
            end 
            6'b000101: begin    //bne
                ALUOp <= 5'b00110;
                ALUSrc <= 0; RegDst <= 0; Jump <= 0; Branch <= 1; MemRead <= 0; MemWrite <= 0; MemToReg <= 1'bx; RegWrite <= 0;  RsRtMux <= 0; SignExtendImmediate <= 0;
                WriteHi <= 0; WriteLo <= 0; HiOrLo <= 1'bx; HiLoReg <= 0; MovEn <= 0; Movz <= 1'bx; SignExtension <= 1'bx; Add64 <= 1'bx;  HiLoSelect <= 1'bx;  HiRsSel <= 1'bx;
                MEMop <= 4'bxxxx;  BRANCHop <= 2'bxx; regAddr_jal <= 1'b0; regWrite_jal <= 1'b0; JumpType <= 1'b0; Branch_sel <= 1'b0;  zero_sel <= 1;
            end
            6'b000001: begin
                case(Instruction[20:16])
                    5'b00001: begin    //bgez
                        ALUOp <= 5'b01111;
                        ALUSrc <= 0; RegDst <= 0; Jump <= 0; Branch <= 1; MemRead <= 0; MemWrite <= 0; MemToReg <= 1'bx; RegWrite <= 0;  RsRtMux <= 0; SignExtendImmediate <= 0;
                        WriteHi <= 0; WriteLo <= 0; HiOrLo <= 1'bx; HiLoReg <= 0; MovEn <= 0; Movz <= 1'bx; SignExtension <= 1'bx; Add64 <= 1'bx;  HiLoSelect <= 1'bx;  HiRsSel <= 1'bx; 
                        MEMop <= 4'bxxxx;  BRANCHop <= 2'b00; regAddr_jal <= 1'b0; regWrite_jal <= 1'b0; JumpType <= 1'b0; Branch_sel <= 1'b1; zero_sel <= 1'bx;
                    end 
                    5'b00000: begin    //bltz
                        ALUOp <= 5'b01111;
                        ALUSrc <= 0; RegDst <= 0; Jump <= 0; Branch <= 1; MemRead <= 0; MemWrite <= 0; MemToReg <= 1'bx; RegWrite <= 0;  RsRtMux <= 0; SignExtendImmediate <= 0;
                        WriteHi <= 0; WriteLo <= 0; HiOrLo <= 1'bx; HiLoReg <= 0; MovEn <= 0; Movz <= 1'bx; SignExtension <= 1'bx; Add64 <= 1'bx;  HiLoSelect <= 1'bx;  HiRsSel <= 1'bx;
                        MEMop <= 4'bxxxx;  BRANCHop <= 2'b01; regAddr_jal <= 1'b0; regWrite_jal <= 1'b0; JumpType <= 1'b0; Branch_sel <= 1'b1; zero_sel <= 1'bx;
                    end 
                endcase
            end
            6'b000111: begin    //bgtz
                ALUOp <= 5'b01111;
                ALUSrc <= 0; RegDst <= 0; Jump <= 0; Branch <= 1; MemRead <= 0; MemWrite <= 0; MemToReg <= 1'bx; RegWrite <= 0;  RsRtMux <= 0; SignExtendImmediate <= 0;
                WriteHi <= 0; WriteLo <= 0; HiOrLo <= 1'bx; HiLoReg <= 0; MovEn <= 0; Movz <= 1'bx; SignExtension <= 1'bx; Add64 <= 1'bx;  HiLoSelect <= 1'bx;  HiRsSel <= 1'bx;
                MEMop <= 4'bxxxx;  BRANCHop <= 2'b10; regAddr_jal <= 1'b0; regWrite_jal <= 1'b0; JumpType <= 1'b0; Branch_sel <= 1'b1; zero_sel <= 1'bx;
            end 
            6'b000110: begin    //blez
                ALUOp <= 5'b01111;
                ALUSrc <= 0; RegDst <= 0; Jump <= 0; Branch <= 1; MemRead <= 0; MemWrite <= 0; MemToReg <= 1'bx; RegWrite <= 0;  RsRtMux <= 0; SignExtendImmediate <= 0;
                WriteHi <= 0; WriteLo <= 0; HiOrLo <= 1'bx; HiLoReg <= 0; MovEn <= 0; Movz <= 1'bx; SignExtension <= 1'bx; Add64 <= 1'bx;  HiLoSelect <= 1'bx;  HiRsSel <= 1'bx;
                MEMop <= 4'bxxxx;  BRANCHop <= 2'b11; regAddr_jal <= 1'b0; regWrite_jal <= 1'b0; JumpType <= 1'b0; Branch_sel <= 1'b1; zero_sel <= 1'bx;
            end 
            
            //JUMP Instructions
            6'b000010: begin    //j
                ALUOp <= 5'bxxxxx;
                ALUSrc <= 1'bx; RegDst <= 1'bx; Jump <= 1; Branch <= 0; MemRead <= 0; MemWrite <= 0; MemToReg <= 0; RegWrite <= 0;  RsRtMux <= 0; SignExtendImmediate <= 0;
                WriteHi <= 0; WriteLo <= 0; HiOrLo <= 1'bx; HiLoReg <= 0; MovEn <= 0; Movz <= 1'bx; SignExtension <= 1'bx; Add64 <= 1'bx;  HiLoSelect <= 1'bx;  HiRsSel <= 1'bx;
                MEMop <= 4'bxxxx;  BRANCHop <= 2'bxx; regAddr_jal <= 1'b0; regWrite_jal <= 1'b0; JumpType <= 1'b0; Branch_sel <= 1'bx; zero_sel <= 1'bx;
            end 
            6'b000011: begin    //jal
                ALUOp <= 5'bxxxxx;
                ALUSrc <= 1'bx; RegDst <= 1'bx; Jump <= 1; Branch <= 0; MemRead <= 0; MemWrite <= 0; MemToReg <= 0; RegWrite <= 1;  RsRtMux <= 0; SignExtendImmediate <= 0;
                WriteHi <= 0; WriteLo <= 0; HiOrLo <= 1'bx; HiLoReg <= 0; MovEn <= 0; Movz <= 1'bx; SignExtension <= 1'bx; Add64 <= 1'bx;  HiLoSelect <= 1'bx;  HiRsSel <= 1'bx;
                MEMop <= 4'bxxxx;  BRANCHop <= 2'bxx; regAddr_jal <= 1'b1; regWrite_jal <= 1'b1; JumpType <= 1'b0; Branch_sel <= 1'bx; zero_sel <= 1'bx;
            end 

            default: begin
            ALUOp <= 5'bxxxx;
            ALUSrc <= 1'bx; RegDst <= 1'bx; Jump <= 1'bx; Branch <= 1'bx; MemRead <= 1'bx; MemWrite <= 1'bx; MemToReg <= 1'bx; RegWrite <= 1'bx;  RsRtMux <= 1'bx;SignExtendImmediate <= 1'bx;
            WriteHi <= 1'bx; WriteLo <= 1'bx; HiOrLo <= 1'bx; HiLoReg <= 1'bx; MovEn <= 1'bx; Movz <= 1'bx; SignExtension <= 1'bx; Add64 <= 1'bx; HiLoSelect <= 1'bx; HiRsSel <= 1'bx;
            MEMop <= 4'bxxxx;  BRANCHop <= 2'bxx; regAddr_jal <= 1'bx; regWrite_jal <= 1'bx; JumpType <= 1'bx; Branch_sel <= 1'bx; zero_sel <= 1'bx;
            end

        endcase
    end
endmodule